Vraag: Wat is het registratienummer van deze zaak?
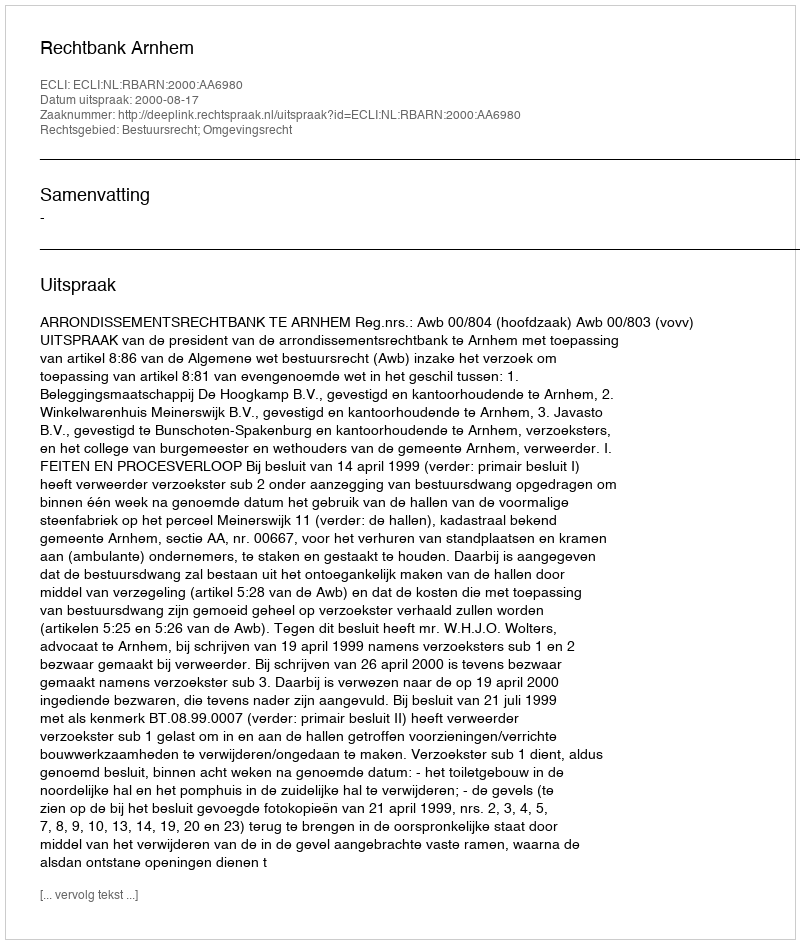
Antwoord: http://deeplink.rechtspraak.nl/uitspraak?id=ECLI:NL:RBARN:2000:AA6980